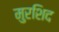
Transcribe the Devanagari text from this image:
मुरशिद